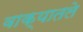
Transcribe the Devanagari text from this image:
वाक्यातले